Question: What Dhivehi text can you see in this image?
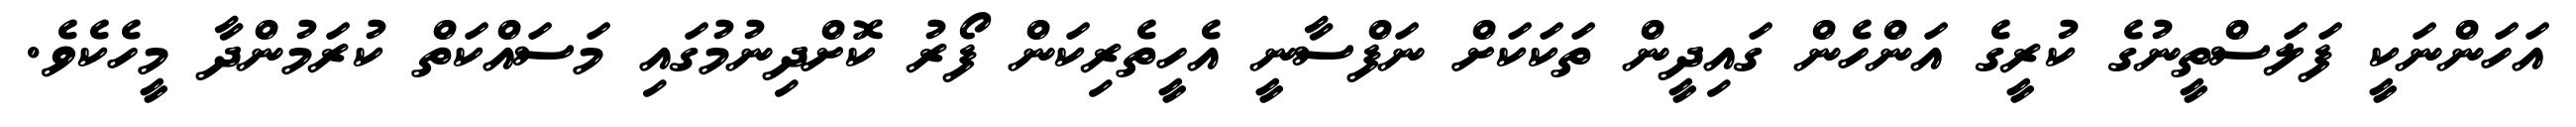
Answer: އަހަންނަކީ ފަލަސްތީނުގެ ކުރީގެ އަންހެން ގައިދީން ތަކަކަށް ނަފްސާނީ އެހީތެރިކަން ފޯރު ކޮށްދިނުމުގައި މަސައްކަތް ކުރަމުންދާ މީހެކެވެ.